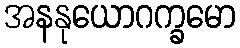
အနနုယောဂက္ခမော